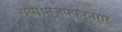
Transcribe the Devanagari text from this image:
गया।मुजफ्फरनगर